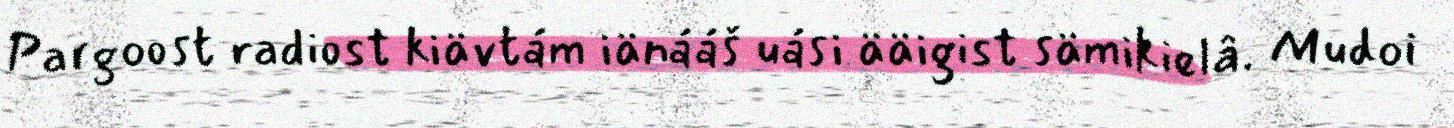
Pargoost radiost kiävtám iänááš uási ääigist sämikielâ. Mudoi